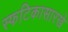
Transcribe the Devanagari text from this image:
स्फटिकासारखे